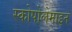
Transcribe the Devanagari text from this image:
स्कोपोलेमाइन